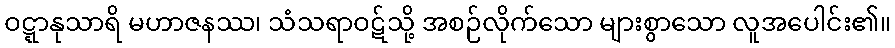
ဝဋ္ဋာနုသာရိ မဟာဇနဿ၊ သံသရာဝဋ်သို့ အစဉ်လိုက်သော များစွာသော လူအပေါင်း၏။